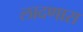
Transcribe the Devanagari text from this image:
लादणारा